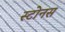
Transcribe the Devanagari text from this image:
स्टोनस